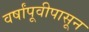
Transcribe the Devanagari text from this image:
वर्षांपूवीपासून